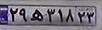
۲۹ه۳۱۸۲۳